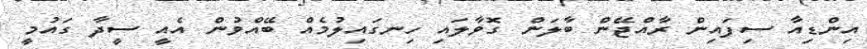
އިންޑިއާ ސިފައިން ރާއްޖޭން ބާލަން ގޮވާލައި ހިނގައިލުމެއް ބޭއްވުން އެއީ ސީދާ ގައުމީ